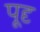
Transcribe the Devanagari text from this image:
पूदृ